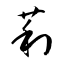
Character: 莉